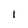
Character: I